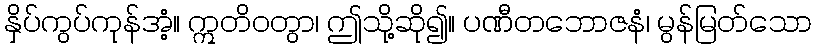
နှိပ်ကွပ်ကုန်အံ့။ ဣတိဝတွာ၊ ဤသို့ဆို၍။ ပဏီတဘောဇနံ၊ မွန်မြတ်သော